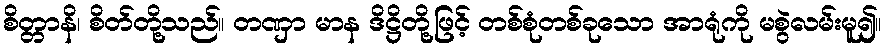
စိတ္တာနိ၊ စိတ်တို့သည်။ တဏှာ မာန ဒိဋ္ဌိတို့ဖြင့် တစ်စုံတစ်ခုသော အာရုံကို မစွဲလမ်းမူ၍။